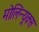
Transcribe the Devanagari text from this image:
मोलिन्यूक्स